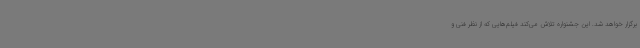
برگزار خواهد شد. این جشنواره تلاش می‌کند فیلم‌هایی که از نظر فنی و